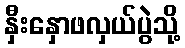
နှီးနှောဖလှယ်ပွဲသို့